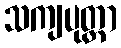
သကျပုတ္တာ